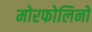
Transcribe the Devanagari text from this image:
मोरफोलिनो